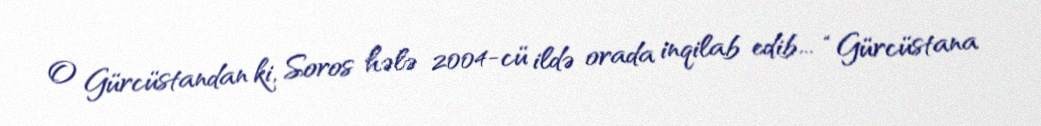
O Gürcüstandan ki, Soros hələ 2004-cü ildə orada inqilab edib... “Gürcüstana